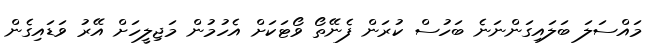
މައްސަލަ ބަލައިގަންނަނެ ބަހުސް ކުރަން ފެނޭތޯ ވޯޓަކަށް އެހުމުން މަޖިލީހަށް އޭރު ވަޑައިގެން